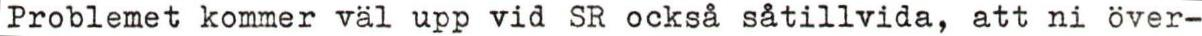
Problemet kommer väl upp vid SR också såtillvida, att ni över-